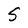
Character: S